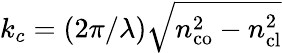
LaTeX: k_{c}=(2\pi/\lambda)\sqrt{n_{\mathrm{co}}^{2}-n_{\mathrm{cl}}^{2}}